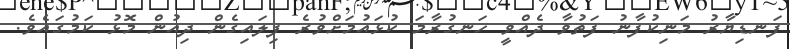
ފަނޑިޔާރު މަނިކުފާނު ފަތުވާ ދެއްވީ ހަނގުރާމަ ކުޅައުމަށްވުރެ ފިލައިގެން ދިއުން މޮޅު ކަމުގައެވެ.